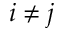
i \neq j